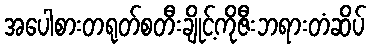
အပေါစားတရုတ်စတီးချိုင့်ကိုဇီးဘရားတံဆိပ်